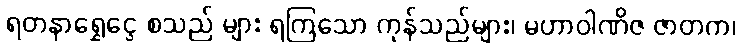
ရတနာရွှေငွေ စသည် များ ရကြသော ကုန်သည်များ၊ မဟာဝါဏိဇ ဇာတက၊